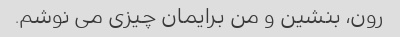
رون، بنشین و من برایمان چیزی می نوشم.